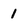
Character: 1